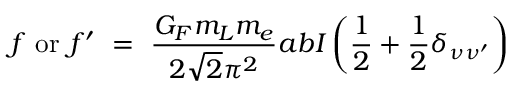
f \ \mathrm { o r } \ f ^ { \prime } \ = \ \frac { G _ { F } m _ { L } m _ { e } } { 2 \sqrt { 2 } \pi ^ { 2 } } a b I \left( \frac { 1 } { 2 } + \frac { 1 } { 2 } \delta _ { \nu \nu ^ { \prime } } \right)